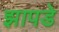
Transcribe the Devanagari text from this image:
झापडे